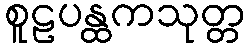
စူဠပန္ထကသုတ္တ